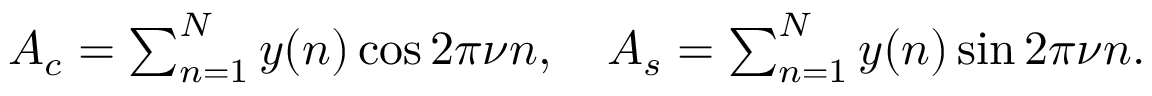
\begin{array} { r } { A _ { c } = \sum _ { n = 1 } ^ { N } y ( n ) \cos 2 \pi \nu n , \quad A _ { s } = \sum _ { n = 1 } ^ { N } y ( n ) \sin 2 \pi \nu n . } \end{array}